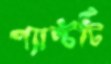
প্যান্টটি